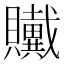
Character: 𲂸